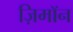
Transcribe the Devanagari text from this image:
ज़िमाॅन